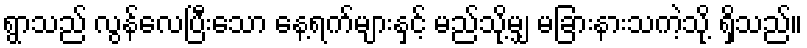
ရွာသည် လွန်လေပြီးသော နေ့ရက်များနှင့် မည်သို့မျှ မခြားနားသကဲ့သို့ ရှိသည်။